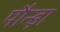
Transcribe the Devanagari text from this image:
पौन्ड़ा